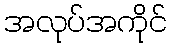
အလုပ်အကိုင်